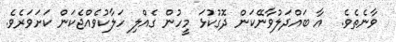
ވާނެތެވެ.  އާ ބައްދަލުވާނޭކަން ދޮގުކުޅަ މީހުން ގެއްލި ހަލާކުވެއްޖެކަން ކަށަވަރެވެ.